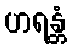
ဟရန္တံ